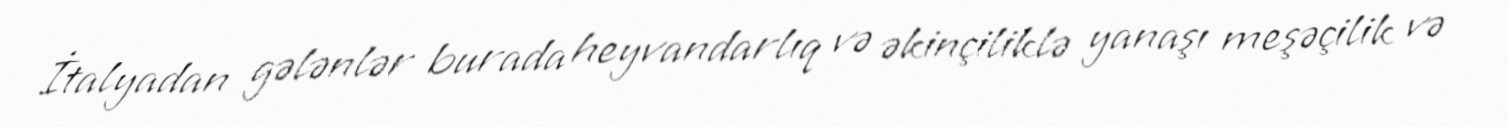
İtalyadan gələnlər burada heyvandarlıq və əkinçiliklə yanaşı meşəçilik və